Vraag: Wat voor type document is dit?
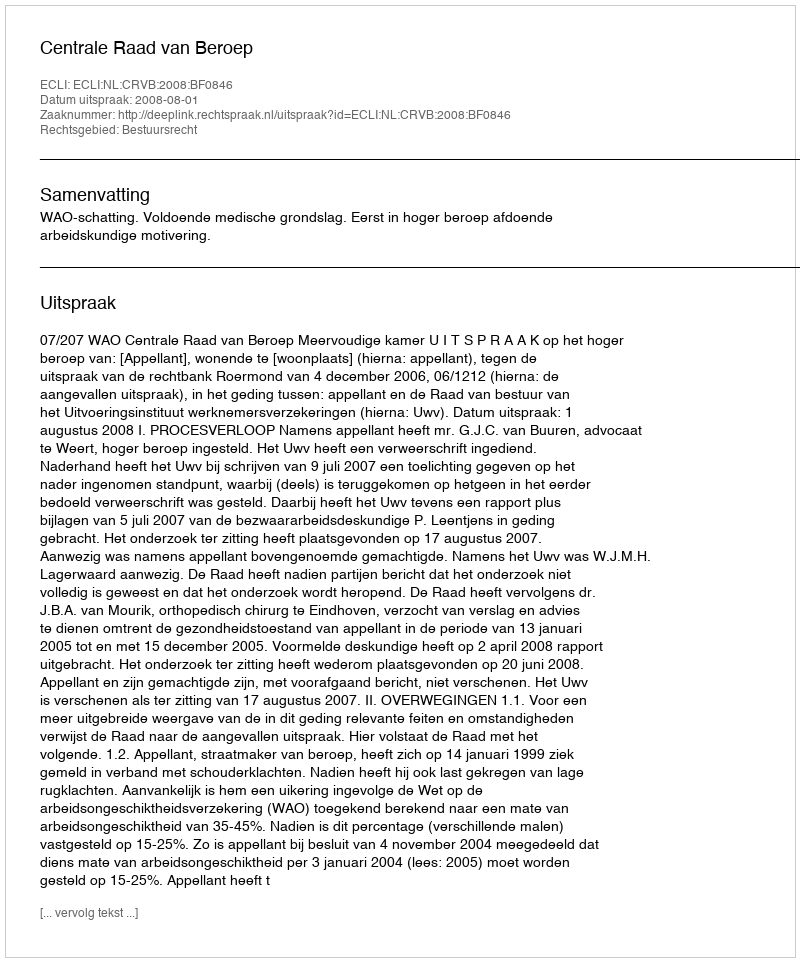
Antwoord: Uitspraak